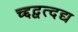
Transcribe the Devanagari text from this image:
च्द्दद्वत्दद्य